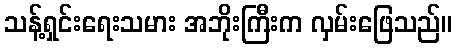
သန့်ရှင်းရေးသမား အဘိုးကြီးက လှမ်းဖြေသည်။